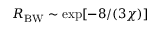
R _ { \mathrm { B W } } \sim \exp [ - 8 / ( 3 \chi ) ]